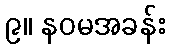
၉။ နဝမအခန်း